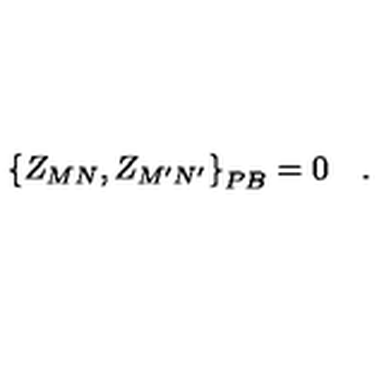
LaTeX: \left\{ Z _ { M N } , Z _ { M ^ { \prime } N ^ { \prime } } \right\} _ { P B } = 0 \quad .